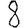
Digit: 8